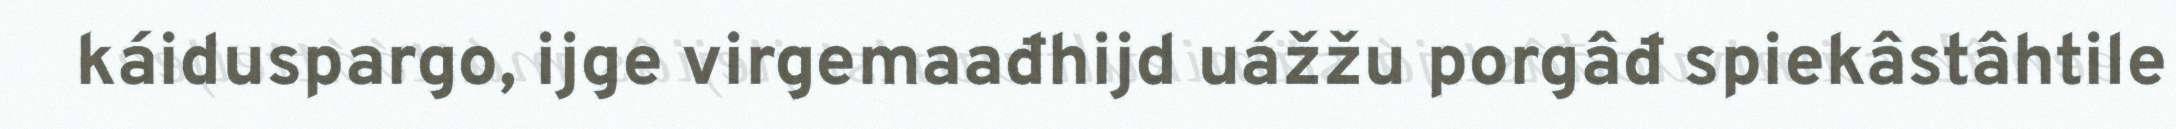
káiduspargo, ijge virgemaađhijd uážžu porgâđ spiekâstâhtile